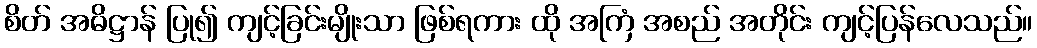
စိတ် အဓိဋ္ဌာန် ပြု၍ ကျင့်ခြင်းမျိုးသာ ဖြစ်ရကား ထို အကြံ အစည် အတိုင်း ကျင့်ပြန်လေသည်။